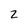
Character: 2